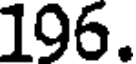
196.